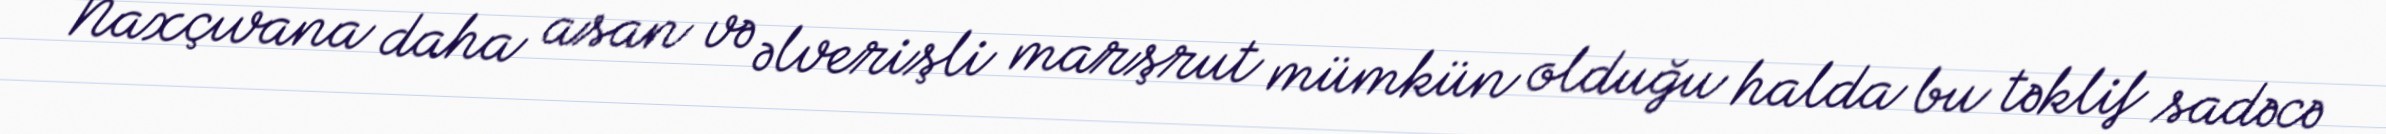
Naxçıvana daha asan və əlverişli marşrut mümkün olduğu halda bu təklif sadəcə